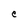
Character: e